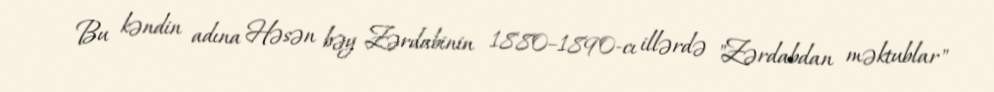
Bu kəndin adına Həsən bəy Zərdabinin 1880–1890-cı illərdə "Zərdabdan məktublar"